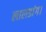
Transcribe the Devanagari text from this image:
लालडांग।